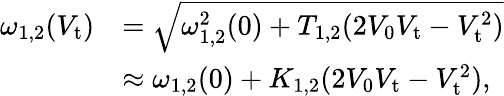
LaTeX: \begin{array}{rl}{\omega_{1,2}(V_{\mathrm{t}})}&{=\sqrt{\omega_{1,2}^{2}(0)+T_{1,2}(2V_{0}V_{\mathrm{t}}-V_{\mathrm{t}}^{2})}}\\ &{\approx\omega_{1,2}(0)+K_{1,2}(2V_{0}V_{\mathrm{t}}-V_{\mathrm{t}}^{2}),}\end{array}